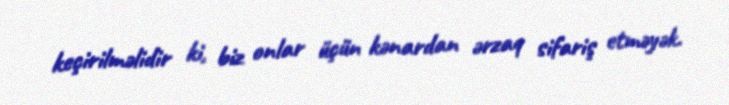
keçirilməlidir ki, biz onlar üçün kənardan ərzaq sifariş etməyək.